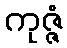
ကုဇ္ဇံ